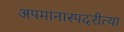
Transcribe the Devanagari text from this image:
अपमानास्पदरीत्या